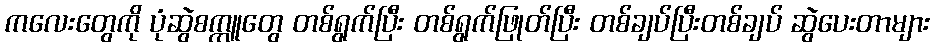
ကလေးတွေကို ပုံဆွဲစက္ကူတွေ တစ်ရွက်ပြီး တစ်ရွက်ဖြုတ်ပြီး တစ်ချပ်ပြီးတစ်ချပ် ဆွဲပေးတာများ